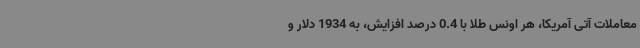
معاملات آتی آمریکا، هر اونس طلا با 0.4 درصد افزایش، به 1934 دلار و